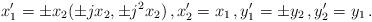
LaTeX: \begin{align*}x_1^\prime = \pm x_2(\pm j x_2 , \pm j^2 x_2) \, , x_2^\prime = x_1 \, , y_1^\prime = \pm y_2 \, , y_2^\prime = y_1 \, . \end{align*}